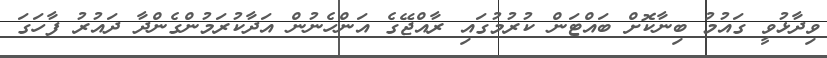
ވިދާޅުވީ ގައުމު ބިނާކޮށް ބައްޓަން ކުރުމުގައި ރާއްޖޭގެ އަންހެނުން އަދާކުރަމުންގެންދާ ދައުރު ފާހަގަ